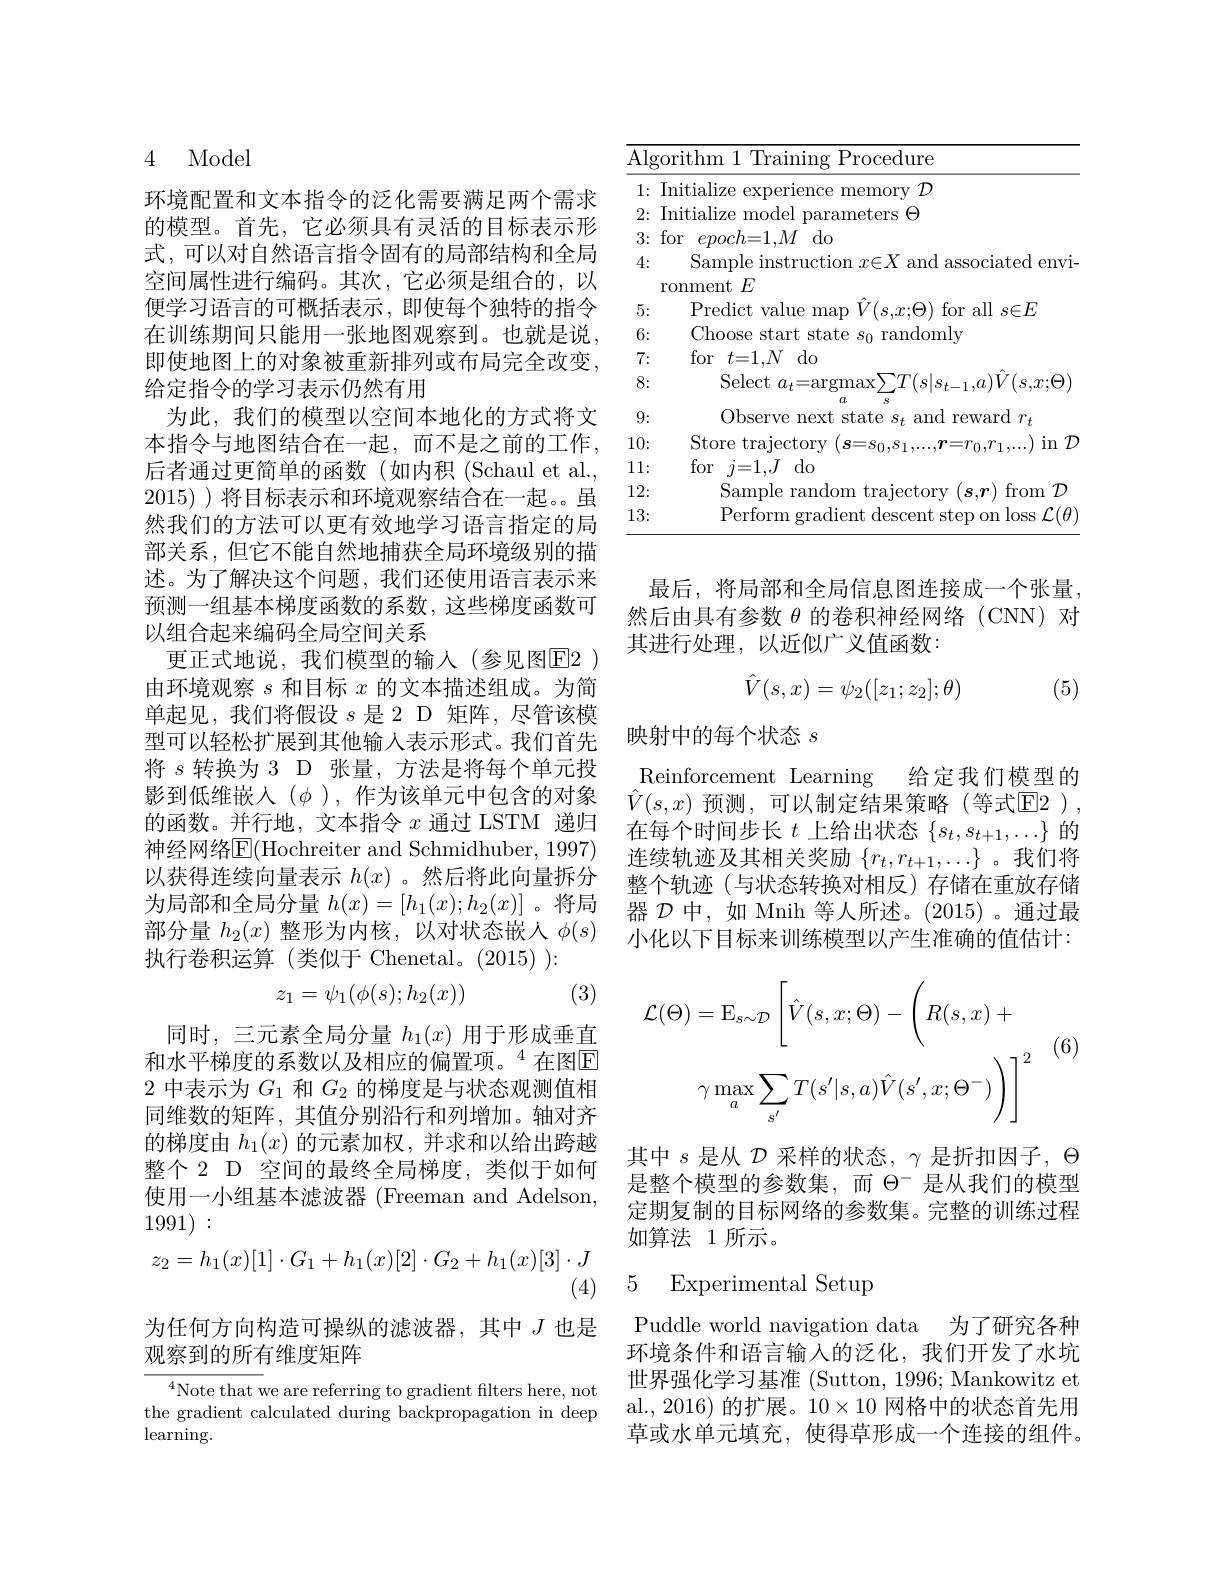
4 Model

环境配置和文本指令的泛化需要满足两个需求的模型。首先，它必须具有灵活的目标表示形式，可以对自然语言指令固有的局部结构和全局空间属性进行编码。其次，它必须是组合的，以便学习语言的可概括表示，即使每个独特的指令在训练期间只能用一张地图观察到。也就是说， 即使地图上的对象被重新排列或布局完全改变， 给定指令的学习表示仍然有用
为此，我们的模型以空间本地化的方式将文本指令与地图结合在一起，而不是之前的工作， 后者通过更简单的函数(如内积(Schaul et al., 2015) ) 将目标表示和环境观察结合在一起。虽然我们的方法可以更有效地学习语言指定的局部关系，但它不能自然地捕获全局环境级别的描述。为了解决这个问题，我们还使用语言表示来预测一组基本梯度函数的系数，这些梯度函数可以组合起来编码全局空间关系
更正式地说，我们模型的输入(参见图$\overline{\mathrm{E}}2$ ) 由环境观察$s$和目标$x$的文本描述组成。为简单起见，我们将假设$s$是 2 D 矩阵，尽管该模型可以轻松扩展到其他输入表示形式。我们首先将$s$转换为 3 D 张量，方法是将每个单元投影到低维嵌入$(\phi)$,作为该单元中包含的对象的函数。并行地，文本指令$x$通过 LSTM 递归神经网络E(Hochreiter and Schmidhuber, 1997) 以获得连续向量表示$h(x)$ 。然后将此向量拆分为局部和全局分量$h(x)=[h_1(x);h_2(x)]$ 。将局部分量$h_2(x)$整形为内核，以对状态嵌入$\phi(s)$ 执行卷积运算(类似于 Chenetal。(2015)):
$$z_1=\psi_1(\phi(s);h_2(x))$$
(3)

同时，三元素全局分量$h_1(x)$用于形成垂直和水平梯度的系数以及相应的偏置项。$^{4}$在图E 2 中表示为$G_{1}$和$G_{2}$的梯度是与状态观测值相同维数的矩阵，其值分别沿行和列增加。轴对齐的梯度由$h_1(x)$的元素加权，并求和以给出跨越整个 2 D 空间的最终全局梯度，类似于如何使用一小组基本滤波器 (Freeman and Adelson, 1991):
$$z_2=h_1(x)[1]\cdot G_1+h_1(x)[2]\cdot G_2+h_1(x)[3]\cdot J$$
(4)
为任何方向构造可操纵的滤波器，其中$J$也是
观察到的所有维度矩阵

$^{4}$Note that we are referring to gradient filters here, not the gradient calculated during backpropagation in deep $\operatorname{learning}.$

<table>
	<tbody>
		<tr>
			<td>$\overline{{\mathrm{Alg}}}.$</td>
			<td>rithm 1 Training Procedure</td>
		</tr>
		<tr>
			<td>1: T 1</td>
			<td>[ nitialize experience memory ${\mathcal{D} }$</td>
		</tr>
		<tr>
			<td>2: T 1</td>
			<td>$\Theta$ ode neters</td>
		</tr>
		<tr>
			<td>3: $\textbf{f}$</td>
			<td>$epoch{=}1,M$ do 0r</td>
		</tr>
		<tr>
			<td>4:</td>
			<td>Sample instruction $x\in X$ and associated envi-</td>
		</tr>
		<tr>
			<td>I</td>
			<td>onment $;E$</td>
		</tr>
		<tr>
			<td>5:</td>
			<td>Predict value $V(s.x;\Theta)$ for all $s\in E$</td>
		</tr>
		<tr>
			<td>6:</td>
			<td>Choose randomlv $Sn$</td>
		</tr>
		<tr>
			<td>7:</td>
			<td>for $t=1,N$ $do$</td>
		</tr>
		<tr>
			<td>8:</td>
			<td>Select $a_{t}=$argmax$\sum T(s|s_{t-1},a)\ddot{V}(s,x;\Theta)$</td>
		</tr>
		<tr>
			<td>9:</td>
			<td>$U.$ S Observe next state $s_t$ and reward $r_t$</td>
		</tr>
		<tr>
			<td>10:</td>
			<td>Store 1m</td>
		</tr>
		<tr>
			<td>11:</td>
			<td>for $\dot{\eta}=1..J$ do</td>
		</tr>
		<tr>
			<td>12:</td>
			<td>Samp from $^{'}ID$</td>
		</tr>
		<tr>
			<td>13:</td>
			<td>minsc $I^{\prime}(H)$</td>
		</tr>
	</tbody>
</table>

最后，将局部和全局信息图连接成一个张量， 然后由具有参数$\theta$的卷积神经网络(CNN)对其进行处理，以近似广义值函数：
$$\hat{V}(s,x)=\psi_2([z_1;z_2];\theta)$$
(5)

映射中的每个状态$s$

Reinforcement Learning 给定我们模型的$\hat{V}(s,x)$预测，可以制定结果策略(等式E2 ), 在每个时间步长$t$上给出状态$\{s_t,s_{t+1},\ldots\}$的连续轨迹及其相关奖励$\{r_t,r_{t+1},\ldots\}$。我们将整个轨迹(与状态转换对相反)存储在重放存储器$\mathcal{D}$中，如 Mnih 等人所述。(2015)。通过最小化以下目标来训练模型以产生准确的值估计：

(6)
$$\mathcal{L}(\Theta)=\mathrm{E}_{s\sim\mathcal{D}}\left[\hat{V}(s,x;\Theta)-\left(R(s,x)+\right.\\\gamma\max_{a}\sum_{s^{\prime}}T(s^{\prime}|s,a)\hat{V}(s^{\prime},x;\Theta^{-})\right)\Bigg]^{2}$$
其中$s$是从$\mathcal{D}$采样的状态，$\gamma$是折扣因子，$\Theta$ 是整个模型的参数集，而$\Theta^-$是从我们的模型定期复制的目标网络的参数集。完整的训练过程如算法 1 所示。

# 5 Experimental Setup

Puddle world navigation data 为了研究各种环境条件和语言输入的泛化，我们开发了水坑世界强化学习基准 (Sutton, 1996; Mankowitz et al.,2016)的扩展。$10\times10$网格中的状态首先用草或水单元填充，使得草形成一个连接的组件。